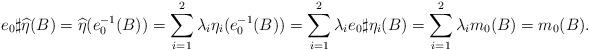
LaTeX: \begin{align*}e_0 \sharp \widehat{\eta} (B)=\widehat{\eta} (e_0^{-1}(B))= \sum_{i=1}^{2} \lambda_i \eta_i(e_0^{-1}(B))=\sum_{i=1}^{2} \lambda_i e_0 \sharp \eta_i(B)=\sum_{i=1}^{2} \lambda_i m_0(B) =m_0 (B).\end{align*}